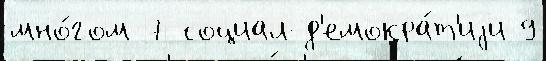
мно́гом 7 социал-д'емокра́т'иjи 9